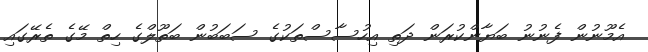
އެމޫނުން ފެނުނު ބަޔާންކުރަން ދަތި އިހުސާސްތަކުގެ ސަބަބުން ބަތޫލްގެ ހިތް މޭގެ ތެރޭގައި